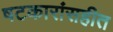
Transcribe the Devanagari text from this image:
षटकारांसहीत